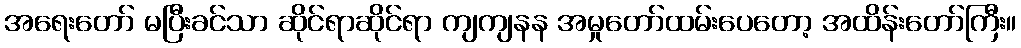
အရေးတော် မပြီးခင်သာ ဆိုင်ရာဆိုင်ရာ ကျကျနန အမှုတော်ထမ်းပေတော့ အထိန်းတော်ကြီး။